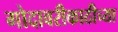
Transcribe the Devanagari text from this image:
गोदावरीकाठीच्या